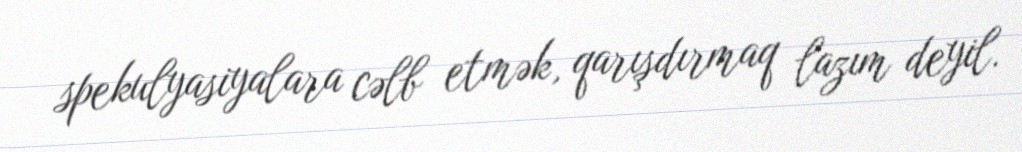
spekulyasiyalara cəlb etmək, qarışdırmaq lazım deyil.